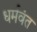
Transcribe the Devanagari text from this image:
धर्मवंत